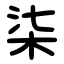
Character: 柒